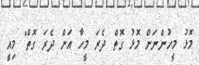
މޮޅު މީހުންނަށް މޮޅު ގޮތް ދެރަ މީހާ އަށް ދެރަ ގޮތް" މިއީ